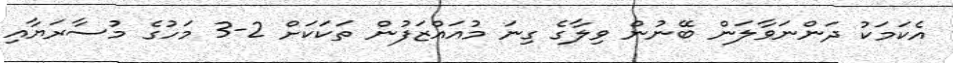
އެކަމަކު ދަންނަވާލަން ބޭނުން ވިލާގެ ގިނަ މުއައްޒަފުން ތަކަކަށް 2-3 މަހުގެ މުސާރަޔާއި